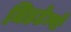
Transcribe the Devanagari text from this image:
मिडटेम्पो